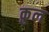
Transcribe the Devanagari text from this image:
क़ुल